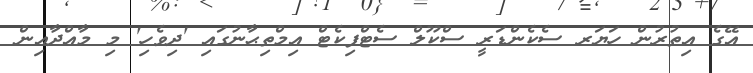
އޭގެ އިތުރުން ހަޔަރ ސެކެންޑަރީ ސްކޫލް ސެޓްފިކެޓް އިމްތިޙާނުގައި 'ދިވެހި' މި މާއްދާއިން